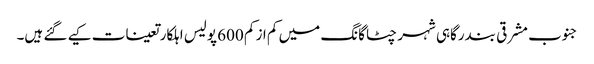
جنوب مشرقی بندرگاہی شہر چٹاگانگ میں کم از کم 600 پولیس اہلکار تعینات کیے گئے ہیں۔